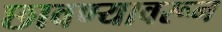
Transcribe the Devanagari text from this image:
छावण्यावरून